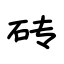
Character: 砖